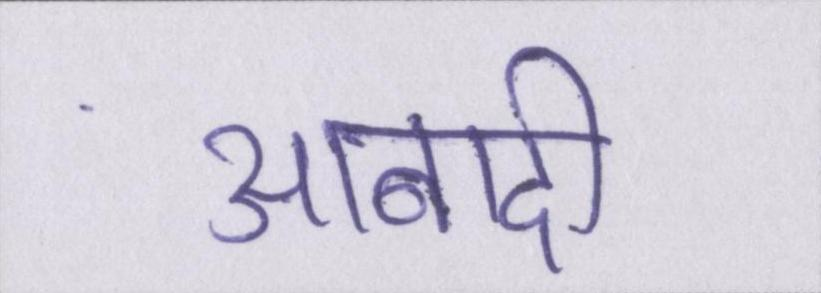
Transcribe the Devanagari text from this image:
आबादी